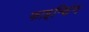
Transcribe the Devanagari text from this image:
फाइन्डिंग